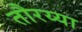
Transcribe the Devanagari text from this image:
तौरय्या